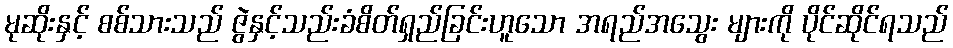
မုဆိုးနှင့် စစ်သားသည် ဇွဲနှင့်သည်းခံစိတ်ရှည်ခြင်းဟူသော အရည်အသွေး များကို ပိုင်ဆိုင်ရသည်